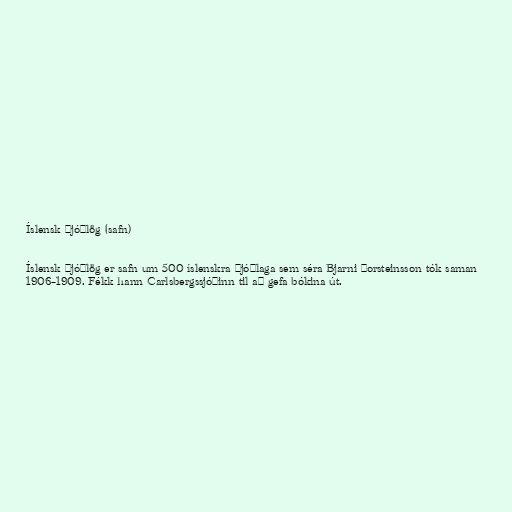
Íslensk þjóðlög (safn)

Íslensk þjóðlög er safn um 500 íslenskra þjóðlaga sem séra Bjarni Þorsteinsson tók saman
1906–1909. Fékk hann Carlsbergssjóðinn til að gefa bókina út.